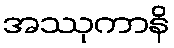
အဿုကာနိ